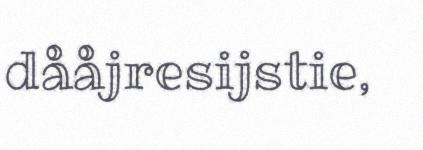
dååjresijstie,